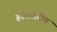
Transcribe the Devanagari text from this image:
हस्‍तांतरीय